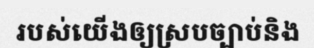
របស់យើងឲ្យស្របច្បាប់និង